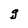
Character: g